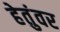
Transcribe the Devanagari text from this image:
हेतुंवर